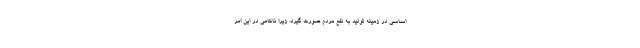
اساسی در زمینه تولید به نفع مردم صورت گیرد، زیرا ناکامی در این امر